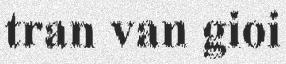
tran van gioi